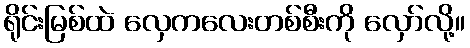
ရိုင်းမြစ်ထဲ လှေကလေးတစ်စီးကို လှော်လို့။